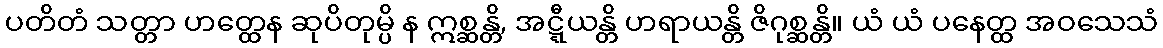
ပတိတံ သတ္တာ ဟတ္ထေန ဆုပိတုမ္ပိ န ဣစ္ဆန္တိ, အဋ္ဋီယန္တိ ဟရာယန္တိ ဇိဂုစ္ဆန္တိ။ ယံ ယံ ပနေတ္ထ အဝသေသံ